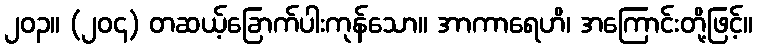
၂၀၃။ (၂၀၄) တဆယ့်ခြောက်ပါးကုန်သော။ အာကာရေဟိ၊ အကြောင်းတို့ဖြင့်။